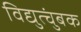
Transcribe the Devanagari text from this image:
विद्युत्चुंबक